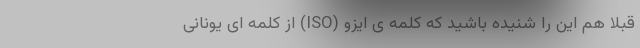
قبلا هم این را شنیده باشید که کلمه ی ایزو (ISO) از کلمه ای یونانی